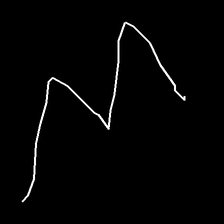
Glyph: crush